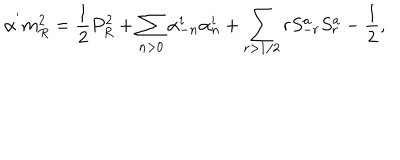
\alpha ^ { ' } m _ { R } ^ { 2 } = \frac { 1 } { 2 } P _ { R } ^ { 2 } + \sum _ { n > 0 } \alpha _ { - n } ^ { i } \alpha _ { n } ^ { i } + \sum _ { r > 1 / 2 } r S _ { - r } ^ { a } S _ { r } ^ { a } - \frac { 1 } { 2 } ,